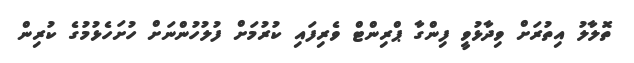
ތޮލާލު އިތުރަށް ވިދާޅުވީ ފިންގާ ޕްރިންޓް ވެރިފައި ކުރުމަށް ފުލުހުންނަށް ހުށަހެޅުމުގެ ކުރިން